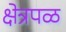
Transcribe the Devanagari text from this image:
क्षेत्रपळ